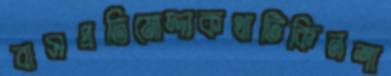
বাসপ্রতিমোদ্দাকথাটিকিনশা